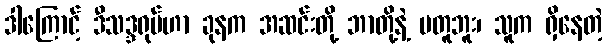
ဒါကြောင့် ဒီသဒ္ဒရုပ်ဟာ ခုနက အဆင်းတို့ ဘာတို့နဲ့ မတူဘူး၊ သူက ရှိနေတဲ့